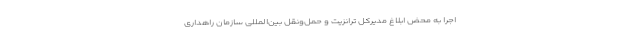
اجرا به محض ابلاغ مدیرکل ترانزیت و حمل‌ونقل بین‌المللی سازمان راهداری